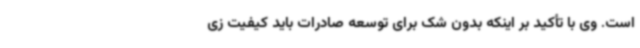
است. وی با تأکید بر اینکه بدون شک برای توسعه صادرات باید کیفیت زی